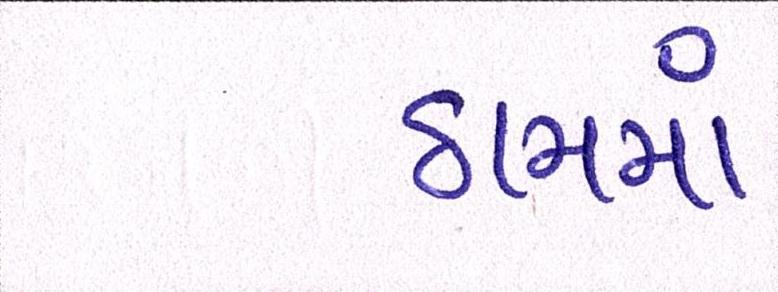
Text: ઠામમાં